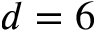
d = 6